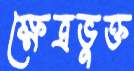
ক্ষেত্রভুক্ত